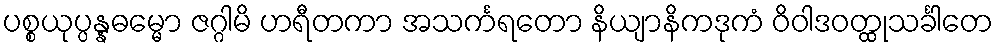
ပစ္စယုပ္ပန္နဓမ္မော ဇဂ္ဂါမိ ဟရီတကာ အသင်္ကရတော နိယျာနိကဒုကံ ဝိဝါဒဝတ္ထုသင်္ခါတေ